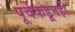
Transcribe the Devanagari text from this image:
पूर्वेकडूनही